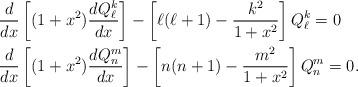
LaTeX: \begin{align*} & \frac{d}{dx}\left[(1+x^2)\frac{d Q^k_\ell}{dx}\right] -\left[\ell(\ell+1)-\frac{k^2}{1+x^2}\right]Q^k_\ell =0 \\ & \frac{d}{dx}\left[(1+x^2)\frac{d Q^m_n}{dx}\right] -\left[n(n+1)-\frac{m^2}{1+x^2}\right]Q^m_n =0 . \end{align*}